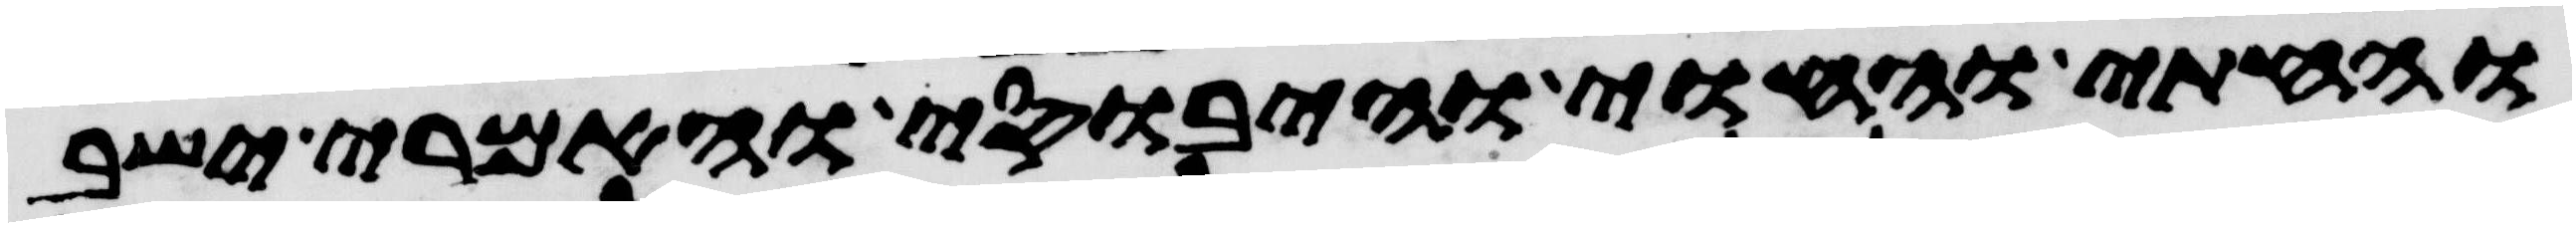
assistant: והחתי והחוי והיבוסי והאמרי ישב